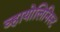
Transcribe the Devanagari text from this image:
व्हायोलिनिस्ट